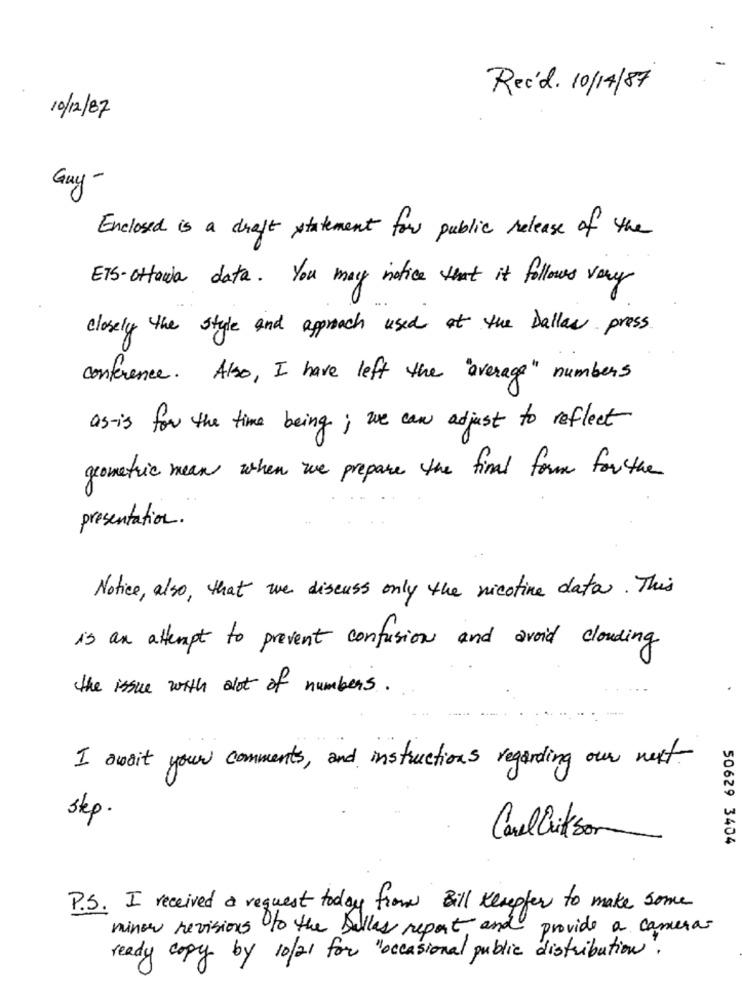
Rec'd. 10/14/87
10/12/87
Guy-
Enclosed is a draft statement for public release of the
ETS-Ottawa data. You may notice that it follows very
closely the style and approach used at the Dallas press
conference. Also, I have left the "average" numbers
as-is for the time being; we can adjust to reflect
geometric mean when we prepare the final form for the
presentation .
Notice, also, that we discuss only the nicotine data. This
is an attempt to prevent confusion and avoid clouding
the issue with alot of numbers .
I await your comments, and instructions regarding our next
step .
Carl liksom
50629 3404
P.S. I received a request today from Bill Kesepfer to make some
minor revisions to the Dallas report and provide a camera
ready copy by 10/21 for "occasional public distribution.